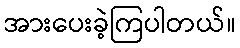
အားပေးခဲ့ကြပါတယ်။